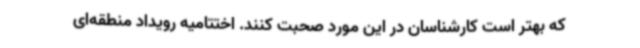
که بهتر است کارشناسان در این مورد صحبت کنند. اختتامیه رویداد منطقه‌ای